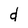
Character: d